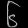
Digit: ၆